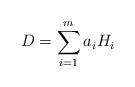
LaTeX: \begin{align*}D=\sum_{i=1}^{m}a_{i}H_{i} \end{align*}